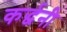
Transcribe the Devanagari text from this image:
कर्द्धनी